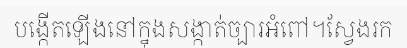
បង្កើតឡើងនៅក្នុងសង្កាត់ច្បារអំពៅ។ស្វែងរក